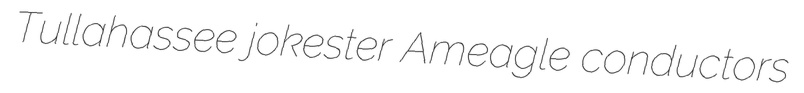
Tullahassee jokester Ameagle conductors